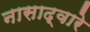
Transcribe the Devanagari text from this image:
नासाद्वारे